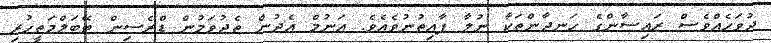
ދުވަހެއްވެސް ރައިސާންގެ ހަނދާންތަކާ ނުލާ ފާއިތުނުވެއެވެ. އަނުމް އެދުން ތެދުވަމުން ޑްރެސިން ޓޭބަލްމަތީހުރި